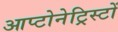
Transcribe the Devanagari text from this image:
आप्टोनेट्रिस्टों